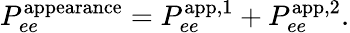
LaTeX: P_{ee}^{\mathrm{appearance}}=P_{ee}^{\mathrm{app,1}}+P_{ee}^{\mathrm{app,2}}.